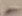
Text: -